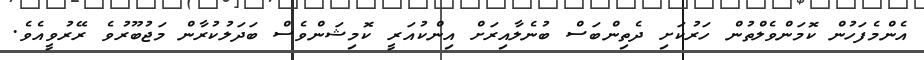
އެންމެފަހުން ކޮމަންވެލްތުން ހަރުކަށި ދެތިންބަސް ބުނެލާއިރަށް އިންކުއަރީ ކޮމިޝަންވެސް ބަދަލުކުރާން މަޖުބޫރުވެ ރޭރުވީއެވެ.